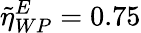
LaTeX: \tilde{\eta}_{WP}^{E}=0.75